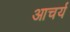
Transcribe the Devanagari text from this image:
आचर्य